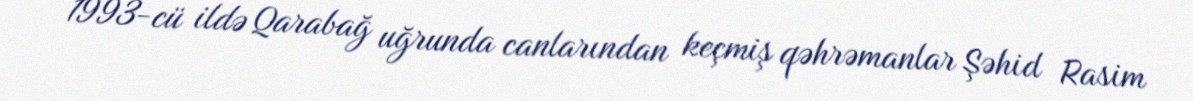
1993-cü ildə Qarabağ uğrunda canlarından keçmiş qəhrəmanlar Şəhid Rasim